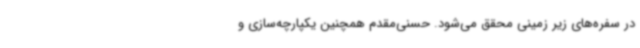
در سفره‌های زیر زمینی محقق می‌شود. حسنی‌مقدم همچنین یکپارچه‌سازی و